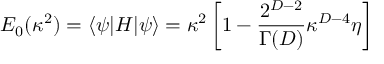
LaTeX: E _ { 0 } ( \kappa ^ { 2 } ) = \langle \psi | H | \psi \rangle = \kappa ^ { 2 } \left[ 1 - { \frac { 2 ^ { D - 2 } } { \Gamma ( D ) } } \kappa ^ { D - 4 } \eta \right]